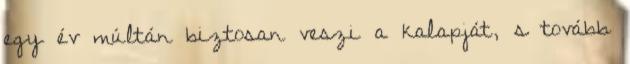
egy év múltán biztosan veszi a kalapját, s tovább